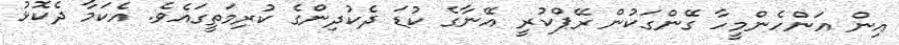
އިން އަންހެންމީހާ ގޭންގަކުން ރޭޕްކުރީ އޭނާގެ ކުޑަ ދެކުދިންގެ ކުރިމަތީގައެވެ. އެކަމާ ދެކޮޅު